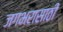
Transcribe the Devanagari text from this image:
जगभरासाठी